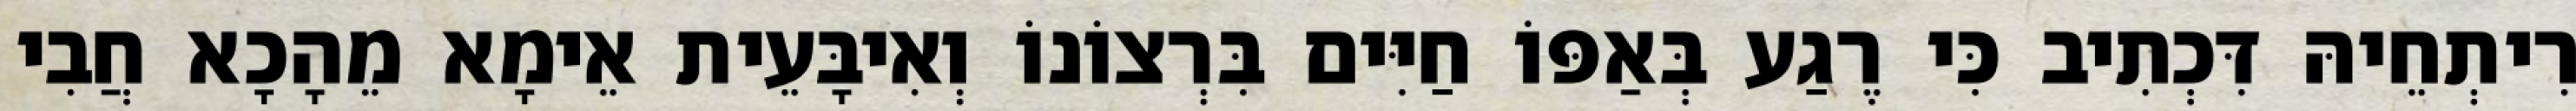
רִיתְחֵיהּ דִּכְתִיב כִּי רֶגַע בְּאַפּוֹ חַיִּים בִּרְצוֹנוֹ וְאִיבָּעֵית אֵימָא מֵהָכָא חֲבִי